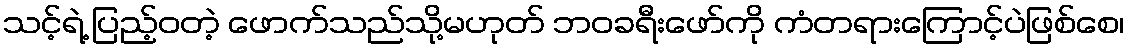
သင့်ရဲ့ ပြည့်ဝတဲ့ ဖောက်သည်သို့မဟုတ် ဘဝခရီးဖော်ကို ကံတရားကြောင့်ပဲဖြစ်စေ၊